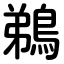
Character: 鵜